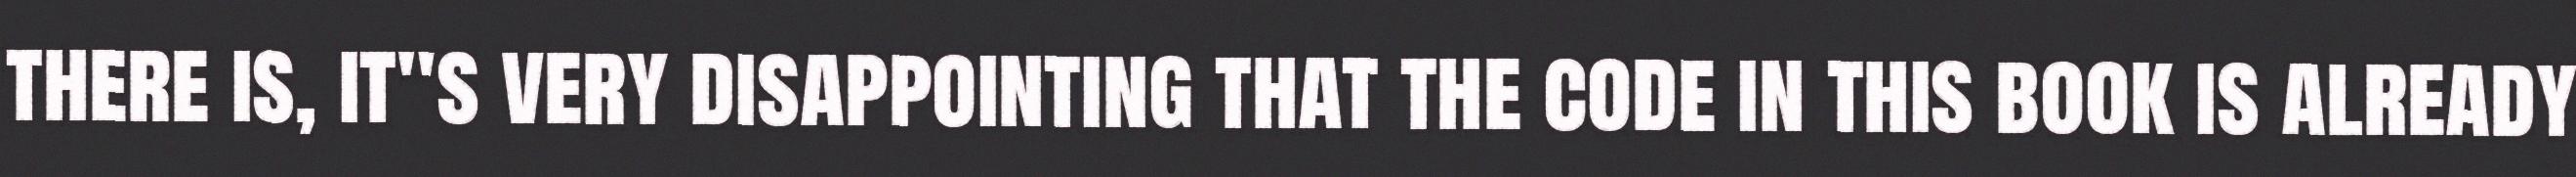
there is, it"s very disappointing that the code in this book is already